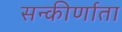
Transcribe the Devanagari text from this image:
सन्कीर्णाता